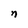
Character: n